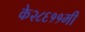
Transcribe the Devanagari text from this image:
के२८६११मी